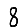
Digit: 8